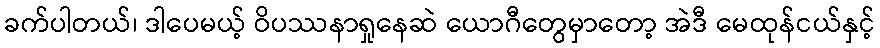
ခက်ပါတယ်၊ ဒါပေမယ့် ဝိပဿနာရှုနေဆဲ ယောဂီတွေမှာတော့ အဲဒီ မေထုန်ငယ်နှင့်